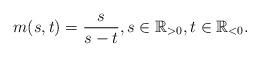
\begin{align*} m(s,t) = \frac{s}{s-t}, s \in \mathbb{R}_{>0}, t \in \mathbb{R}_{<0}.\end{align*}